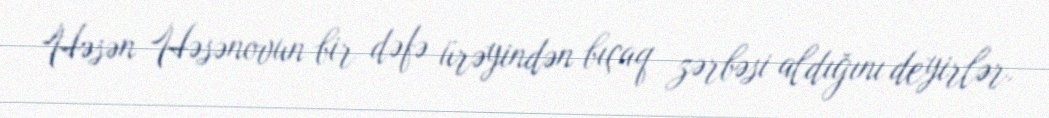
Həsən Həsənovun bir dəfə ürəyindən bıçaq zərbəsi aldığını deyirlər.